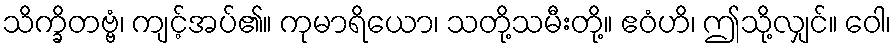
သိက္ခိတဗ္ဗံ၊ ကျင့်အပ်၏။ ကုမာရိယော၊ သတို့သမီးတို့။ ဧဝံဟိ၊ ဤသို့လျှင်။ ဝေါ၊